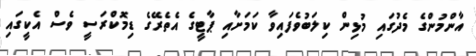
އާންމުންގެ މެދުގައި މުޅިން ކިލަބުވެފައިވާ ކަމަށާއި ޕާޓީގެ އެތެރޭގެ ޑިމޮކްރަސީ ވެސް އެކީގައި